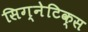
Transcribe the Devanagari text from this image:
सिग्नेटिक्स